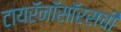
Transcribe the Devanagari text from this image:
टायरॅनॉसॉरसची